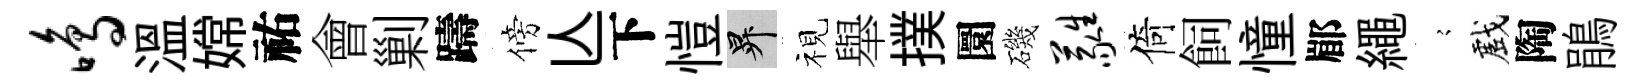
鸣溫嫦祐會剿躊傍亾下愷升视舉撲圜磯蕤倚飼憧郿繩𡪹戲陶鵑